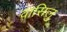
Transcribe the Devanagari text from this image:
वासिलु